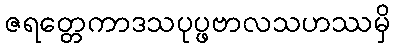
ဇရတ္တေကာဒသပုပ္ဖဗာလသဟဿမှိ